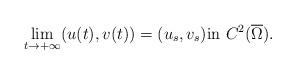
LaTeX: \begin{align*}\lim_{t \rightarrow +\infty} (u(t),v(t)) = (u_s,v_s) \mbox{{\rm in} }C^2(\overline{\Omega}).\end{align*}